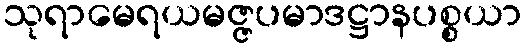
သုရာမေရယမဇ္ဇပမာဒဋ္ဌာနပစ္စယာ